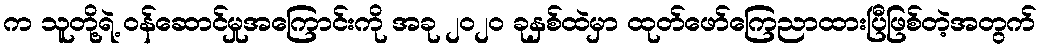
က သူတို့ရဲ့ ဝန်ဆောင်မှုအကြောင်းကို အခု ၂၀၂၀ ခုနှစ်ထဲမှာ ထုတ်ဖော်ကြေညာထားပြီဖြစ်တဲ့အတွက်